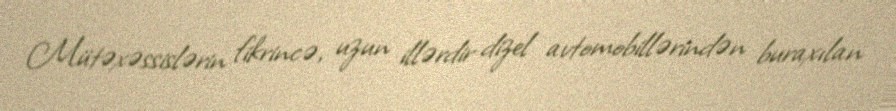
Mütəxəssislərin fikrincə, uzun illərdir dizel avtomobillərindən buraxılan